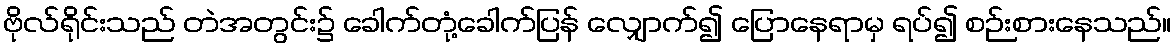
ဗိုလ်ရိုင်းသည် တဲအတွင်း၌ ခေါက်တုံ့ခေါက်ပြန် လျှောက်၍ ပြောနေရာမှ ရပ်၍ စဉ်းစားနေသည်။